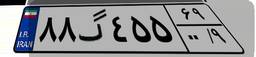
۸۸گ۴۵۵۶۹